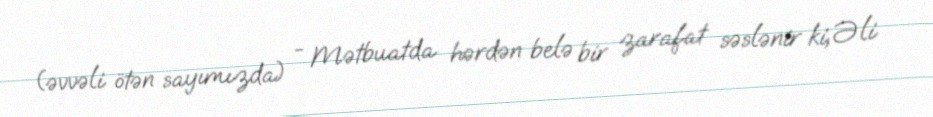
(əvvəli ötən sayımızda) - Mətbuatda hərdən belə bir zarafat səslənir ki, Əli